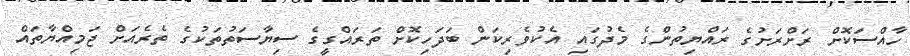
ހާއްސަކޮށް ރަށްރަށުގެ ރައްޔިތުންގެ މެދުގައި އެކުވެރިކަން ބަދަހިކޮށް ތަރައްގީގެ ސިޔާސަތުތަކުގެ ތެރެއަށް ޖަމިއްޔާތައް